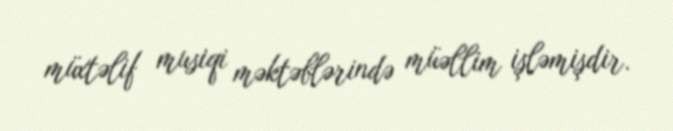
müxtəlif musiqi məktəblərində müəllim işləmişdir.